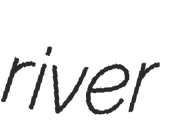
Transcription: river